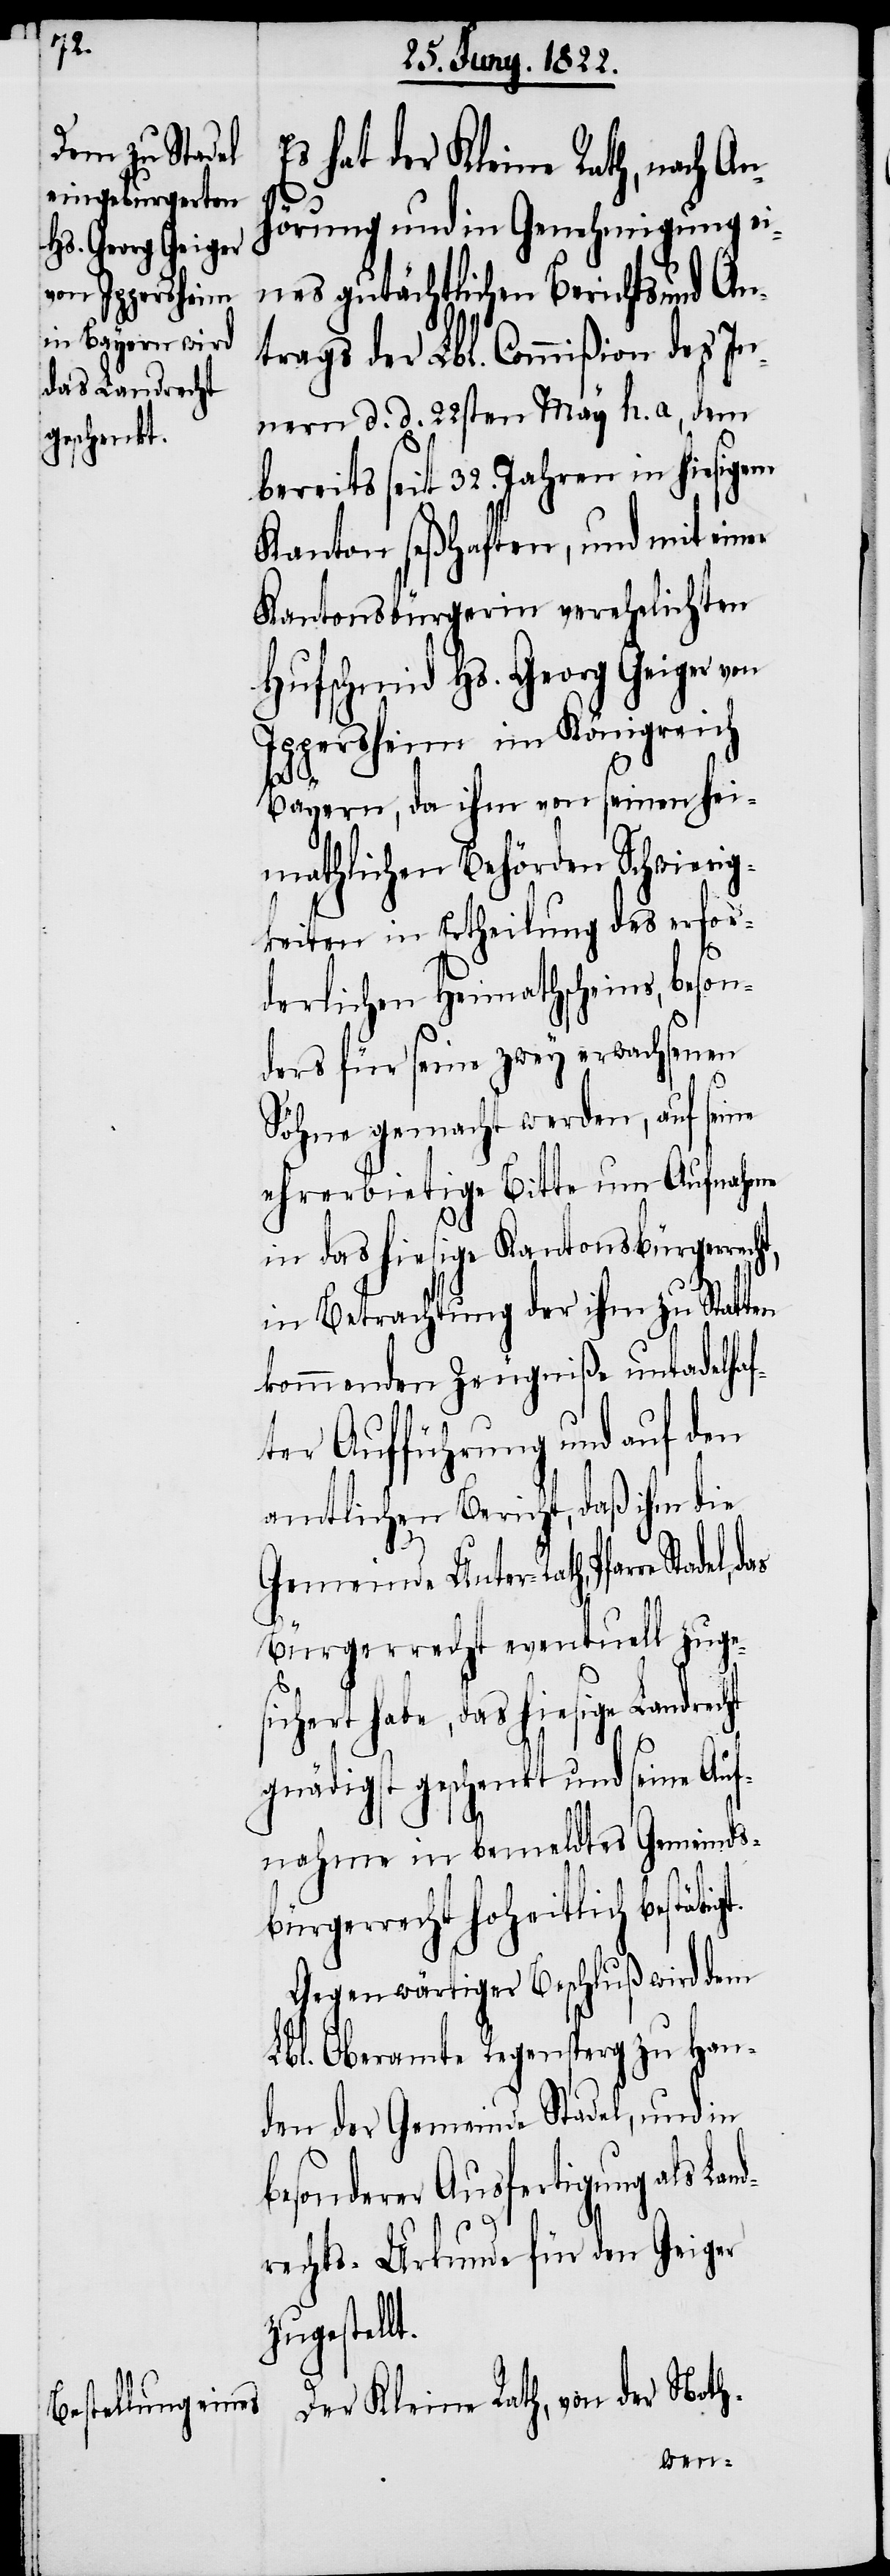
t.

Es hat der Kleine Rath, nach An¬
hörung und in Genehmigung ei¬
nes gutächtlichen Berichts und An¬
trags der Lbl. Commißion des I¬
nnern d. d. 22sten May h. a, dem
bereits seit 32. Jahren in hiesigem
Kanton seßhaften, und mit einer
Kantonsbürgerin verehelichten
Hufschmid Hs. Georg Geiger von
Iggersheim im Königreich
Bayern, da ihm von seinen hei¬
mathlichen Behörden Schwierig¬
keiten in Ertheilung des erfor¬
derlichen Heimathscheins, beso¬
nders für seine zwey erwachsenen
Söhne gemacht werden, auf seine
ehrerbietige Bitte um Aufnahme
in das hiesige Kantonsbürgerr¬
in Betrachtung der ihm zu Statten
kommenden Zeugniße untadelhaf¬
ter Aufführung und auf den
amtlichen Bericht, daß ihn die
Gemeinde Unter-Rath, Pfarre
Bürgerrecht eventuell zuge¬
sichert habe, das hiesige
gnädigst geschenkt und seine Auf¬
nahme in bemeldtes Gemeinds¬
bürgerrecht hoheitlich bestäti¬
Gegenwärtiger Beschluß wird dem
Lbl. Oberamte Regensperg zu Han¬
den der Gemeinde Stadel, und in
besonderer Ausfertigung als La¬
rechts-Urkunde für den Geiger
zugestell¬
Der Kleine Rath, von der Noth-